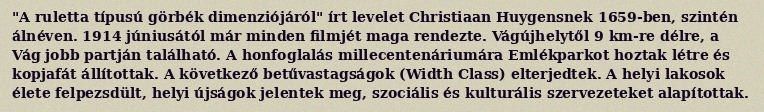
"A ruletta típusú görbék dimenziójáról" írt levelet Christiaan Huygensnek 1659-ben, szintén álnéven. 1914 júniusától már minden filmjét maga rendezte. Vágújhelytől 9 km-re délre, a Vág jobb partján található. A honfoglalás millecentenáriumára Emlékparkot hoztak létre és kopjafát állítottak. A következő betűvastagságok (Width Class) elterjedtek. A helyi lakosok élete felpezsdült, helyi újságok jelentek meg, szociális és kulturális szervezeteket alapítottak.